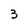
Character: 3